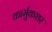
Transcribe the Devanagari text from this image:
कार्मुकशर